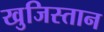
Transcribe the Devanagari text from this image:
खुजिस्तान